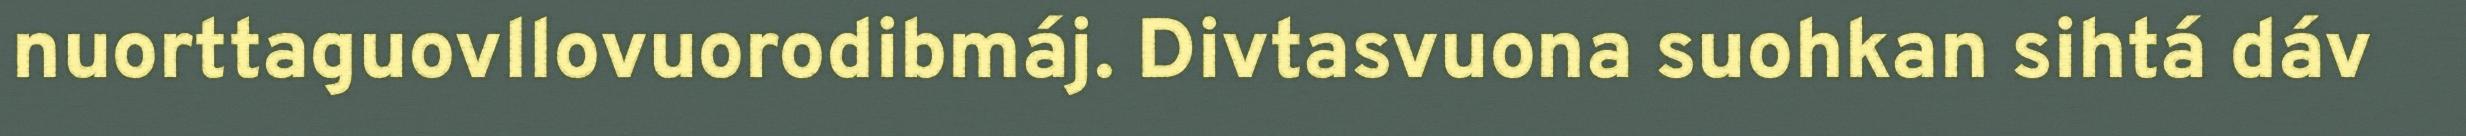
nuorttaguovllovuorodibmáj. Divtasvuona suohkan sihtá dáv